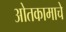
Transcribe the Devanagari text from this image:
ओतकामाचे